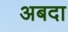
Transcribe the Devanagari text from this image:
अबदा